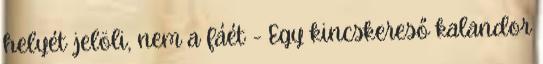
helyét jelöli, nem a fáét - Egy kincskereső kalandor